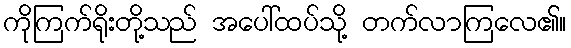
ကိုကြက်ရိုးတို့သည် အပေါ်ထပ်သို့ တက်လာကြလေ၏။